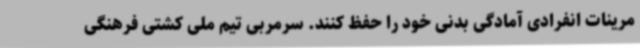
مرینات انفرادی آمادگی بدنی خود را حفظ کنند. سرمربی تیم ملی کشتی فرهنگی